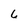
Character: 6